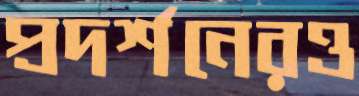
প্রদর্শনেরও